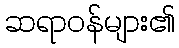
ဆရာဝန်များ၏